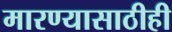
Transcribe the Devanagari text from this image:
मारण्यासाठीही